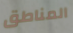
المناطق